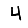
Digit: 4